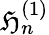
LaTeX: \mathfrak{H}_{n}^{(1)}